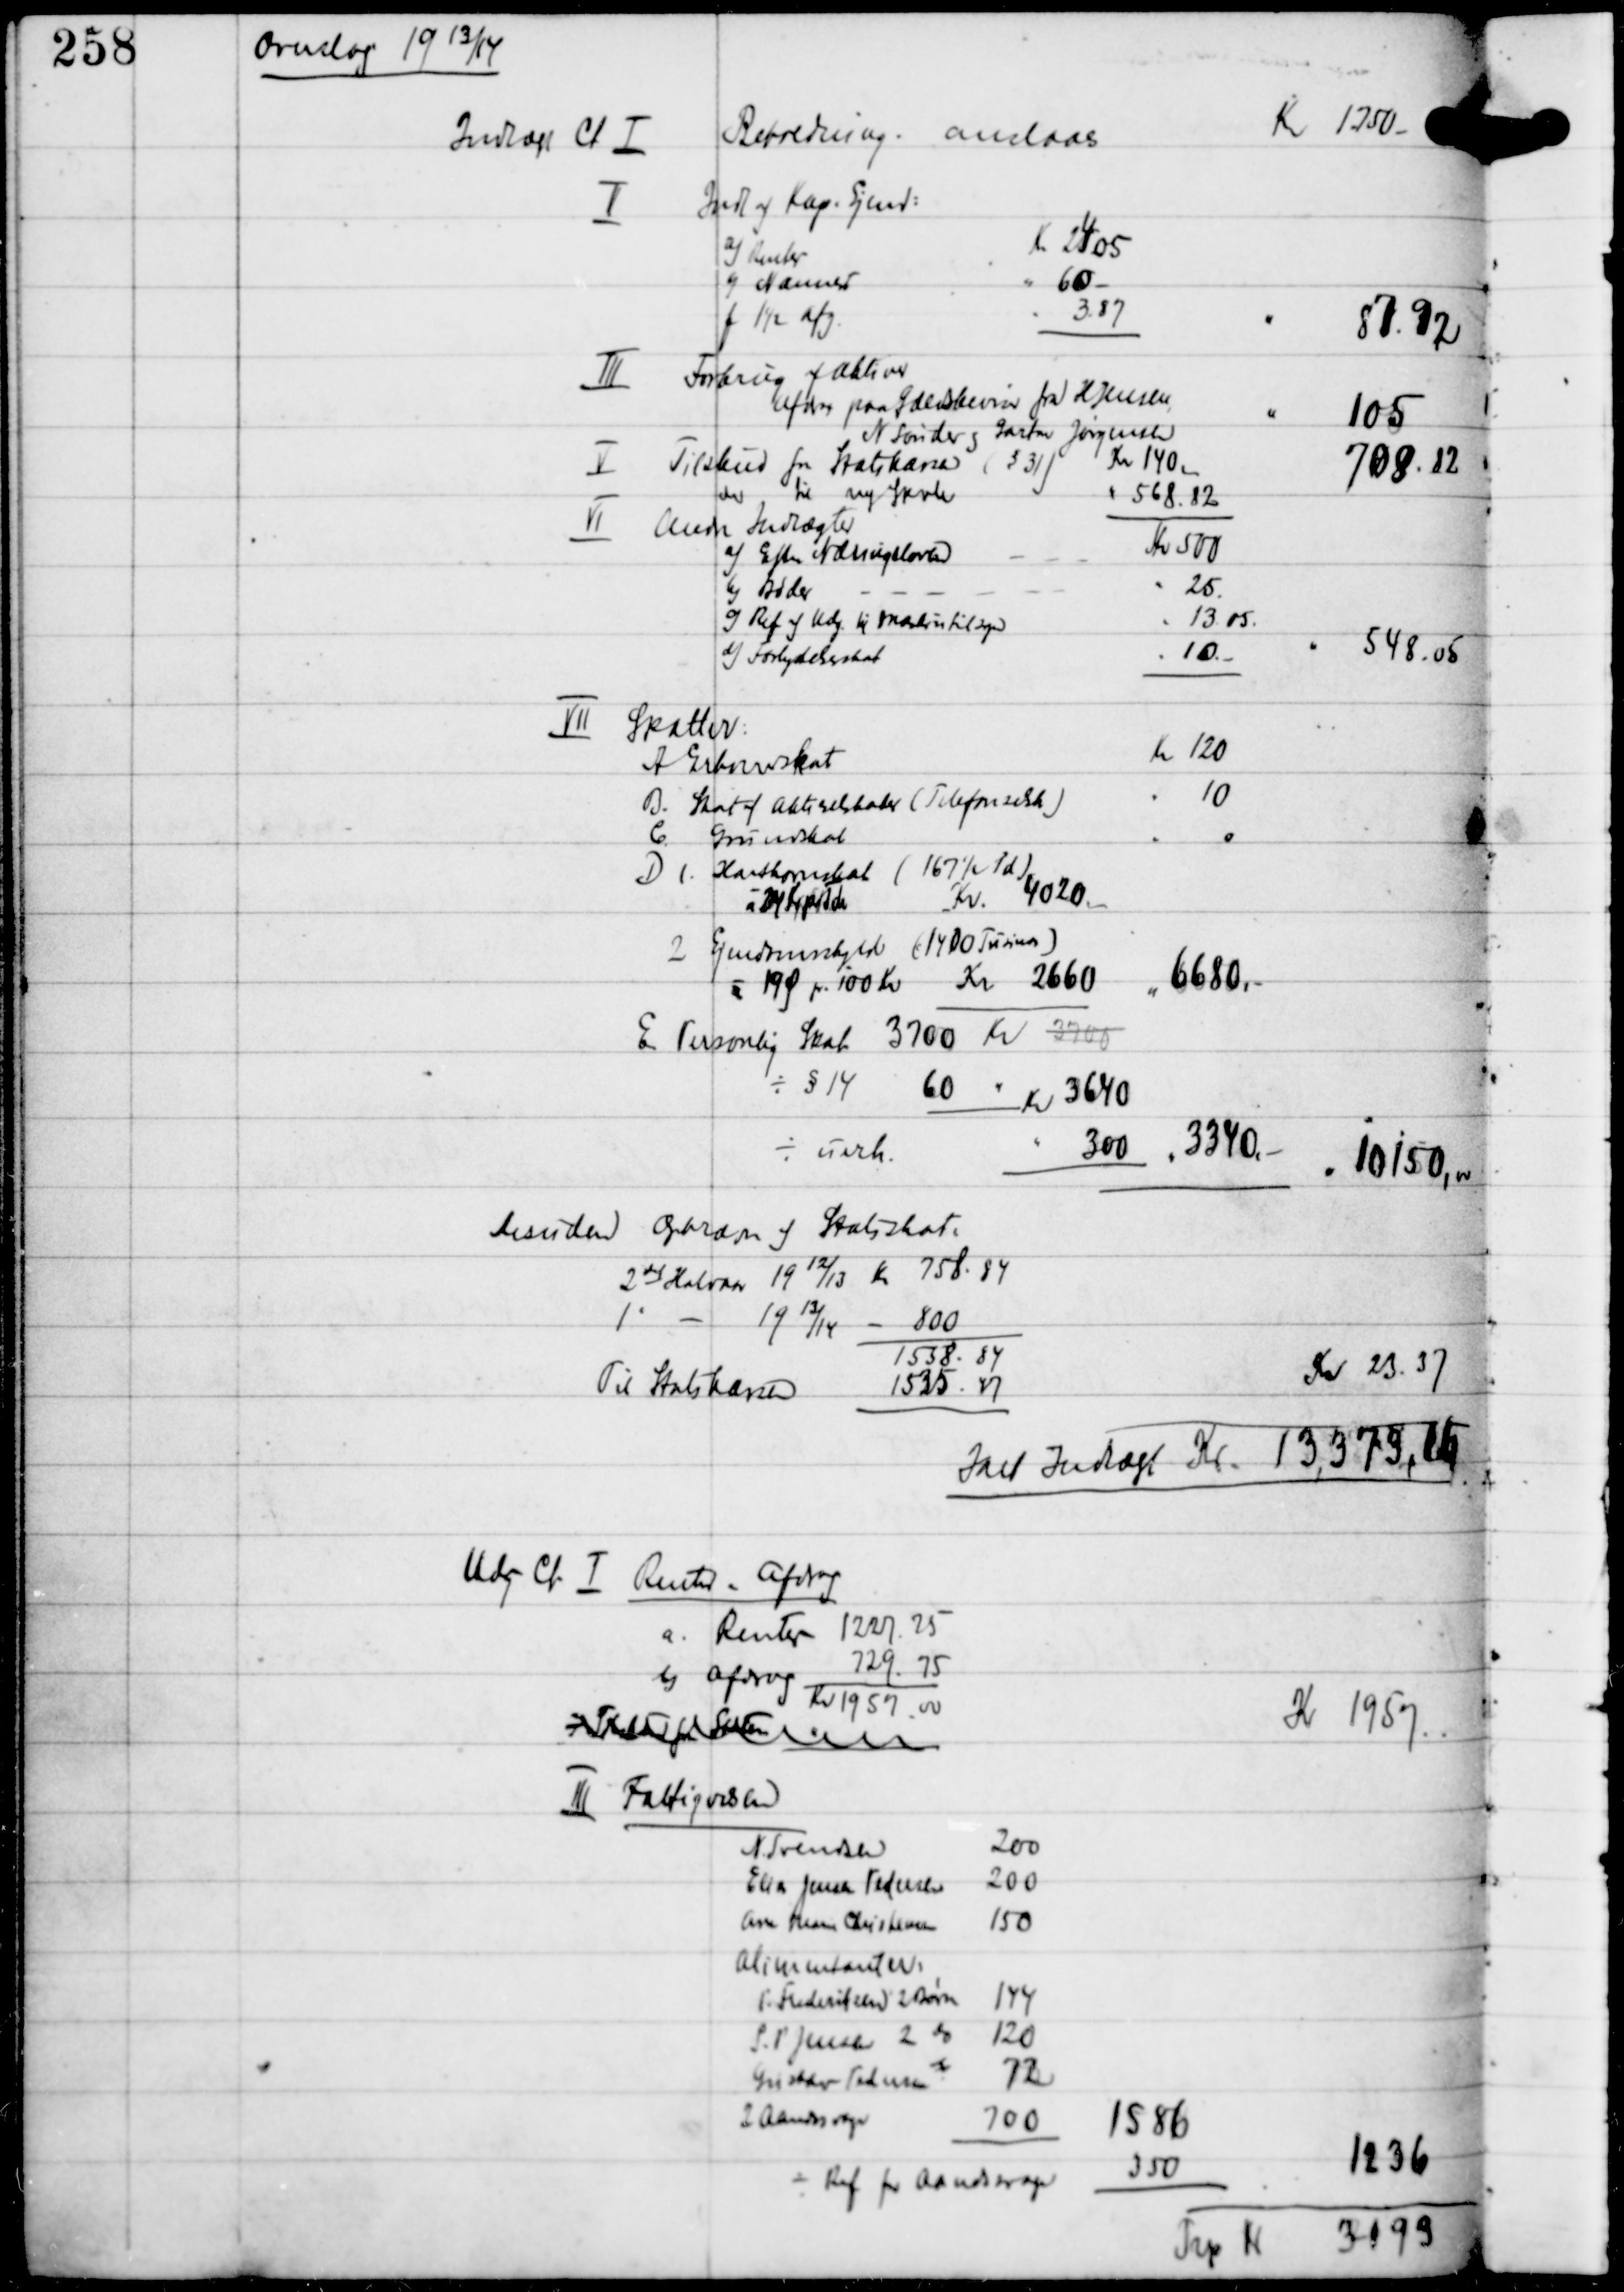
Transskription:
Overslag 1913/14

Indtægt Ct Ⅰ

Beholdning anslaaes

Kr 1750-